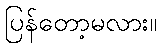
ပြန်တော့မလား။